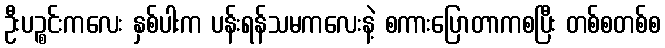
ဦးပဉ္စင်းကလေး နှစ်ပါးက ပန်းရန်သမကလေးနဲ့ စကားပြောတာကစပြီး တစ်စတစ်စ